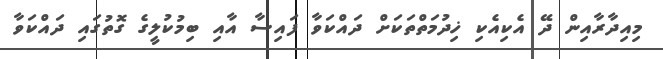
މިއިދާރާއިން ދޭ އެކިއެކި ޚިދުމަތްތަކަށް ދައްކަވާ ފައިސާ އާއި ބިމުކުލީގެ ގޮތުގައި ދައްކަވާ